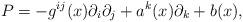
LaTeX: \begin{align*} P =-g^{ij}(x)\partial_i \partial_j + a^k(x)\partial_k + b(x),\end{align*}